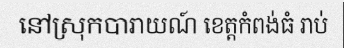
នៅស្រុកបារាយណ៍ ខេត្តកំពង់ធំ រាប់